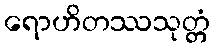
ရောဟိတဿသုတ္တံ